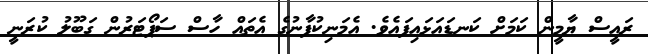
ރައީސް ޔާމީން ކަމަށް ކަނޑައަޅައިފައެވެ. އެމަނިކުފާނުގެ އެތައް ހާސް ސަޕޯޓަރުން ގަބޫލު ކުރަނީ